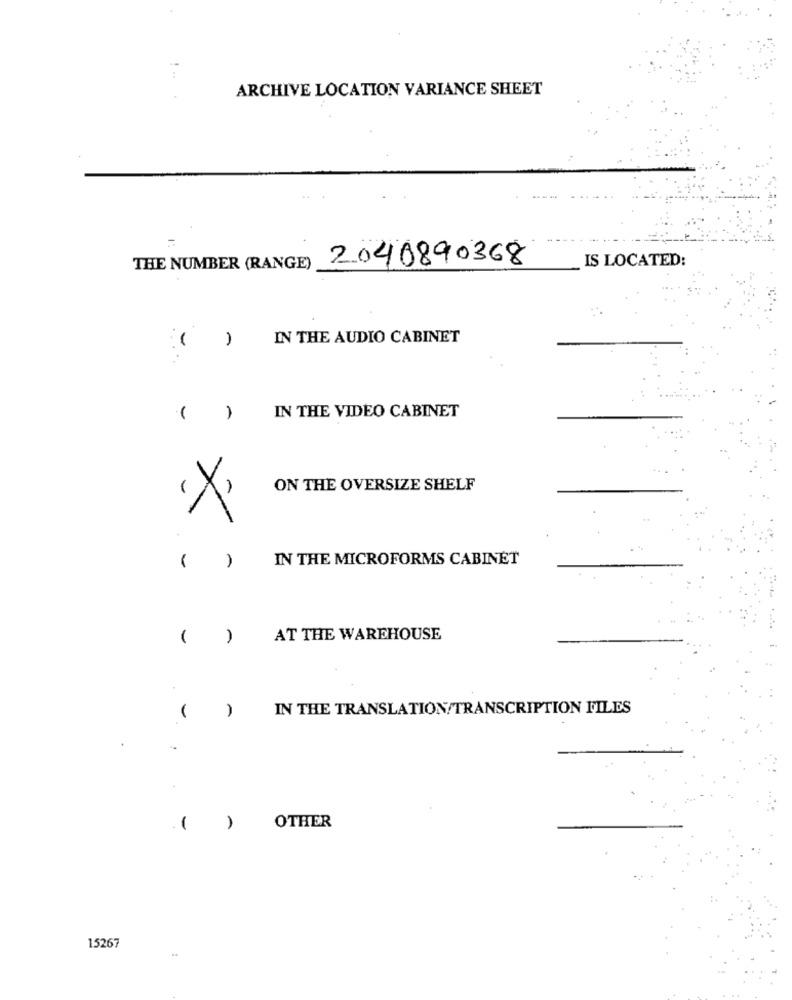
ARCHIVE LOCATION VARIANCE SHEET
2040890368
IS LOCATED:
THE NUMBER (RANGE)
( )
IN THE AUDIO CABINET
-
IN THE VIDEO CABINET
-
ON THE OVERSIZE SHELF
(X)
IN THE MICROFORMS CABINET
( )
)
AT THE WAREHOUSE
)
IN THE TRANSLATION/TRANSCRIPTION FILES
( )
OTHER
15267